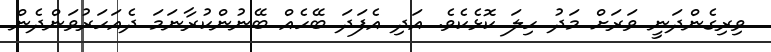
ވިރިގެންދަނީ ވަރަށް މަދު ހިލަ ކޮޅެކެވެ. އަދި އެފަދަ ބޭހެއް ބޭނުންކުރާނަމަ ދެއަހަރުވަންދެން